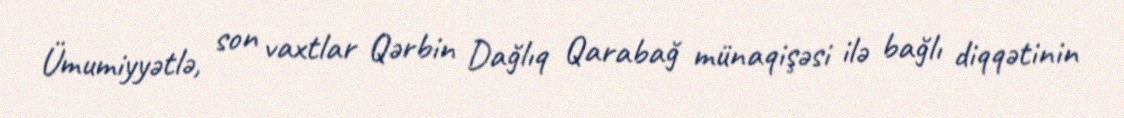
Ümumiyyətlə, son vaxtlar Qərbin Dağlıq Qarabağ münaqişəsi ilə bağlı diqqətinin